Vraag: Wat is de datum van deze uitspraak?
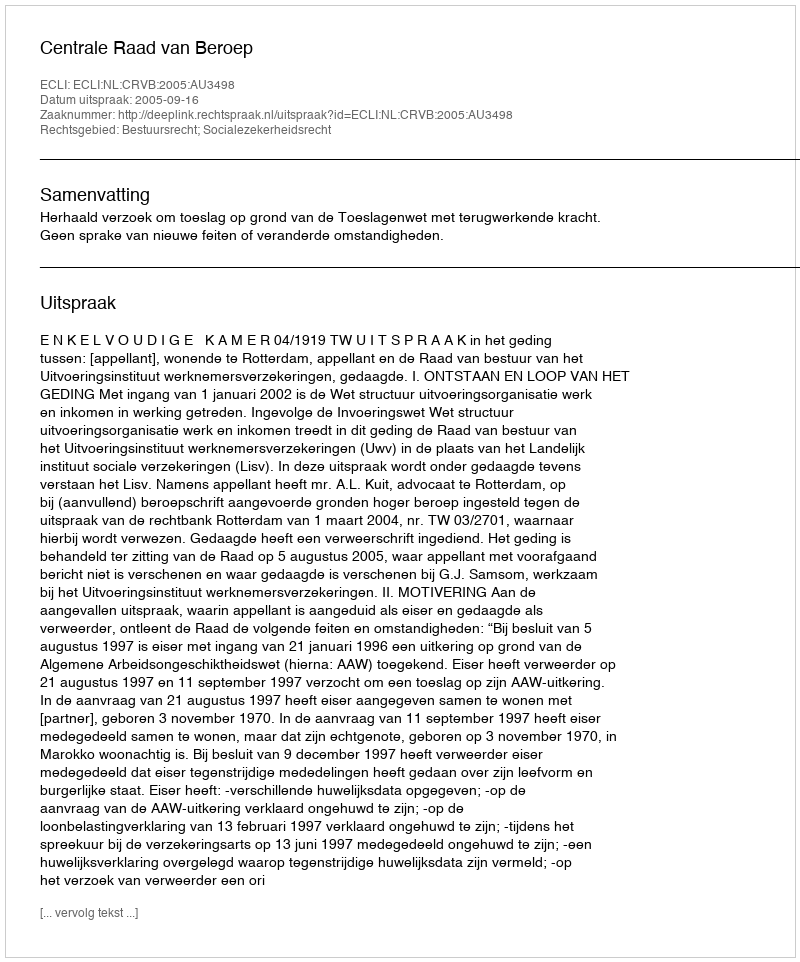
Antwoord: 2005-09-16